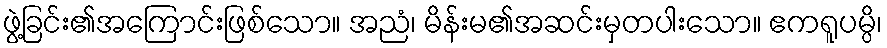
ဖွဲ့ခြင်း၏အကြောင်းဖြစ်သော။ အညံ၊ မိန်းမ၏အဆင်းမှတပါးသော။ ဧကရူပမ္ပိ၊